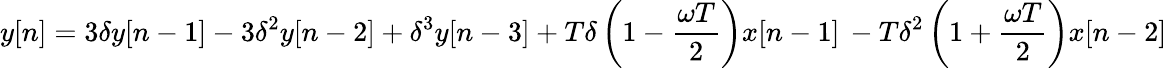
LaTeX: y[n]=3\delta y[n-1]-3\delta^{2}y[n-2]+\delta^{3}y[n-3]+T\delta\left(1-\frac{\omega T}{2}\right)x[n-1]\, -T\delta^{2}\left(1+\frac{\omega T}{2}\right)x[n-2]